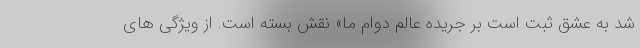
شد به عشق ثبت است بر جریده عالم دوام ما» نقش بسته است. از ویژگی های